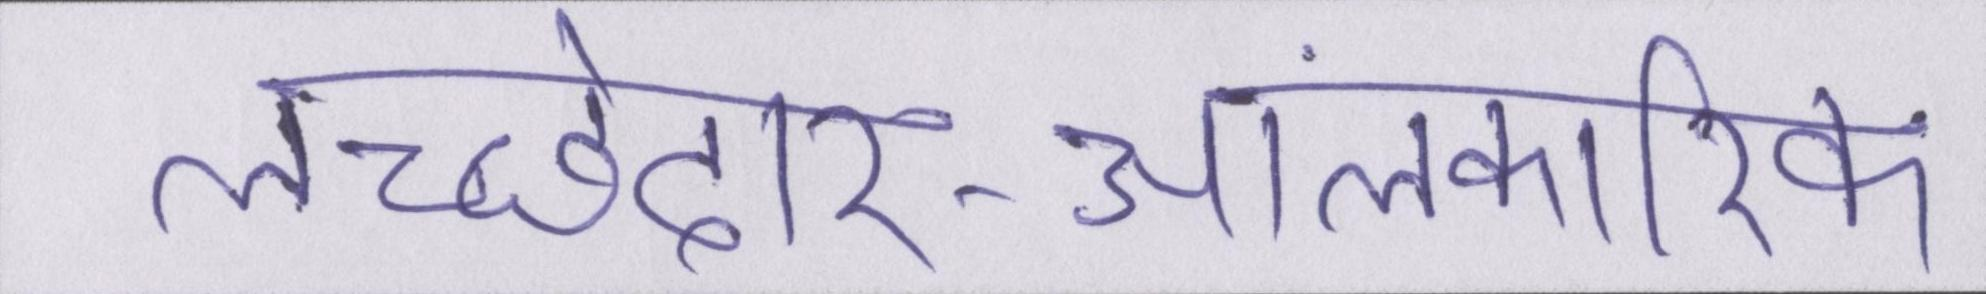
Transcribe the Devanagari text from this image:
लच्छेदार-आलंकारिक